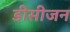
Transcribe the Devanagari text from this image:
डीसीजन